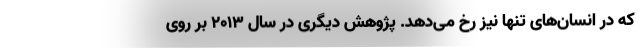
که در انسان‌های تنها نیز رخ می‌دهد. پژوهش دیگری در سال ۲۰۱۳ بر روی